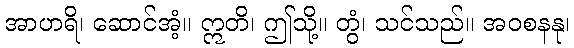
အာဟရိ၊ ဆောင်အံ့။ ဣတိ၊ ဤသို့။ တွံ၊ သင်သည်။ အဝစနနု၊